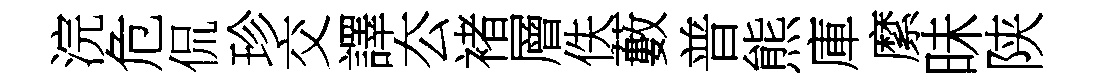
浣危侃珍交譯厺褚層佚藪普熊庫縻昧陕